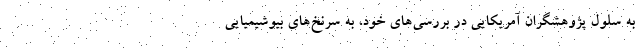
به سلول پژوهشگران آمریکایی در بررسی‌های خود، به سرنخ‌های بیوشیمیایی